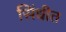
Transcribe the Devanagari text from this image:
सिंधीत